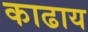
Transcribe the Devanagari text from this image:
काढाय